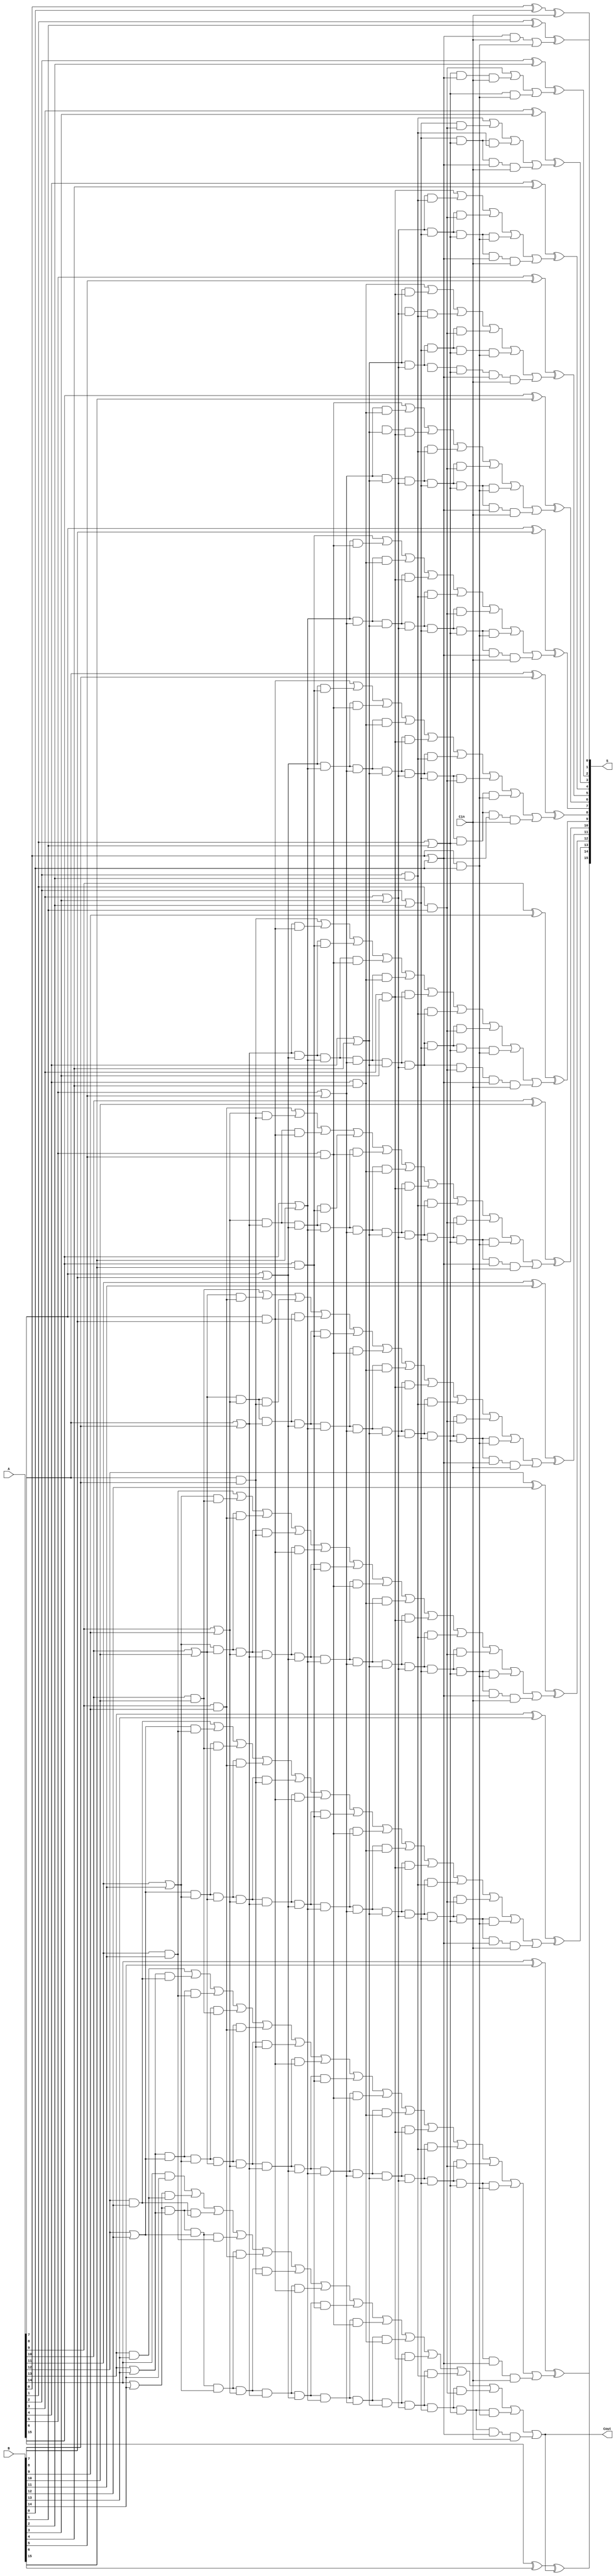
`timescale 1ns / 1ps
//////////////////////////////////////////////////////////////////////////////////
// Company: 
// Engineer: 
// 
// Design Name: 
// Module Name:    cla_16bit 
// Project Name: 
// Target Devices: 
// Tool versions: 
// Description: 
//
// Dependencies: 
//
// Revision: 
// Revision 0.01 - File Created
// Additional Comments: 
//
//////////////////////////////////////////////////////////////////////////////////
//16 bit Carry Look Ahead Adder
module cla_16bit(S, Cout, A, B, Cin);
output [15:0] S;
output Cout;
input [15:0] A;
input [15:0] B;
input Cin;

//stage wires
wire [119:1] w;

//carry wires
wire n1,n2,n3,n4,n5,n6,n7,n8,n9,n10,n11,n12,n13,n14;

// G and P wires
wire g0,g1,g2,g3,g4,g5,g6,g7,g8,g9,g10,g11,g12,g13,g14;
wire p0,p1,p2,p3,p4,p5,p6,p7,p8,p9,p10,p11,p12,p13,p14;

//For stage 0
xor (S[0],A[0],B[0],Cin); //S0
and (g0,A[0],B[0]); //G0
or (p0,A[0],B[0]); //P0
and (w[1],p0,Cin);
or (n1,w[1],g0); //C1

//For stage 1 //C2
xor (S[1],A[1],B[1],n1); //S1
and (g1,A[1],B[1]); //G1
or (p1,A[1],B[1]); //P1
and (w[2],p1,p0,Cin);
and (w[3],p1,g0);
or (n2,g1,w[2],w[3]); //C2

//For stage 2 //C3
xor(S[2],A[2],B[2],n2); //S2
and (g2,A[2],B[2]); //G2
or (p2,A[2],B[2]); //P2
and (w[4],p2,g1);
and (w[5],p2,p1,g2);
and (w[6],p2,p1,p0,Cin);
or (n3,g2,w[4],w[5],w[6]); //C3

//For stage 3 //C4
xor (S[3],A[3],B[3],n3); //S3
and (g3,A[3],B[3]); //G3
or (p3,A[3],B[3]); //P3
and (w[7],p3,g2);
and (w[8], p3, p2, g1);
and (w[9], p3, p2, p1, g0);
and (w[10], p3, p2, p1, p0, Cin);
or (n4, g3, w[7], w[8], w[9], w[10]); //C4

//For stage 4 //C5
xor (S[4],A[4],B[4],n4); //S4
and (g4,A[4],B[4]); //G4
or (p4,A[4],B[4]); //P4
and (w[11],p4,g3);
and (w[12],P4,p3,g2);
and (w[13],p4,p3,p2,g1);
and (w[14],p4,p3,p2,p1,g0);
and (w[15],p4,p3,p2p,p1,p0,Cin);
or (n5,g4,w[11],w[12],w[13],w[14],w[15]); //C5

//For stage 5 //C6
xor (S[5],A[5],B[5],n5); //S5
and (g5,A[5],B[5]); //G5
or (p5,A[5],B[5]); //P5
and (w[16],p5,g4);
and (w[17],P5,p4,g3);
and (w[18],p5,p4,p3,g2);
and (w[19],p5,p4,p3,p2,g1);
and (w[20],p5,p4,p3,p2,p1,g0);
and (w[21],p5,p4,p3,p2,p1,p0,Cin);
or (n6,g5,w[16],w[17],w[18],w[19],w[20],w[21]); //C6

//For stage 6 //C7
xor (S[6],A[6],B[6],n6); //S6
and (g6,A[6],B[6]); //G6
or (p6,A[6],B[6]); //P6
and (w[22],p6,g5);
and (w[23],p6,p5,g4);
and (w[24],p6,p5,p4,g3);
and (w[25],p6,p5,p4,p3,g2);
and (w[26],p6,p5,p4,p3,p2,g1);
and (w[27],p6,p5,p4,p3,p2,p1,g0);
and (w[28],p6,p5,p4,p3,p2,p1,p0,Cin);
or (n7,g6,w[22],w[23],w[24],w[25],w[26],w[27],w[28]); //C7

//For stage 7 //C8
xor (S[7],A[7],B[7],n7); //S7
and (g7,A[7],B[7]); //G7
or (p7,A[7],B[7]); //P7
and (w[29],p7,g6);
and (w[30],p7,p6,g5);
and (w[31],p7,p6,p5,g4);
and (w[32],p7,p6,p5,p4,g3);
and (w[33],p7,p6,p5,p4,p3,g2);
and (w[34],p7,p6,p5,p4,p3,p2,g1);
and (w[35],p7,p6,p5,p4,p3,p2,p1,g0);
and (w[36],p7,p6,p5,p4,p3,p2,p1,p0,Cin);
or (n8,g7,w[29],w[30],w[31],w[32],w[33],w[34],w[35],w[36]); //C8

//For stage 8 //C9
xor (S[8],A[8],B[8],n8); //S8
and (g8,A[8],B[8]); //G8
or (p8,A[8],B[8]); //P8
and (w[37],p8,g7);
and (w[38],p8,p7,g6);
and (w[39],p8,p7,p6,g5);
and (w[40],p8,p7,p6,p5,g4);
and (w[41],p8,p7,p6,p5,p4,g3);
and (w[42],p8,p7,p6,p5,p4,p3,g2);
and (w[43],p8,p7,p6,p5,p4,p3,p2,g1);
and (w[44],p8,p7,p6,p5,p4,p3,p2,p1,g0);
and (w[45],p8,p7,p6,p5,p4,p3,g1,p0,Cin);
or (n9,g8,w[37],w[38],w[39],w[40],w[41],w[42],w[43],w[44],w[45]); //C9

//For stage 9 //C10
xor (S[9],A[9],B[9],n9); //S9
and (g9,A[9],B[9]); //G9
or (p9,A[9],B[9]); //P9
and (w[46],p9,g8);
and (w[47],p9,p8,g7);
and (w[48],p9,p8,p7,g6);
and (w[49],p9,p8,p7,p6,g5);
and (w[50],p9,p8,p7,p6,p5,g4);
and (w[51],p9,p8,p7,p6,p5,p4,g3);
and (w[52],p9,p8,p7,p6,p5,p4,p3,g2);
and (w[53],p9,p8,p7,p6,p5,p4,p3,p2,g1);
and (w[54],p9,p8,p7,p6,p5,p4,p3,p2,p1,g0);
and (w[55],p9,p8,p7,p6,p5,p4,p3,p2,p1,p0,Cin);
or (n10,g9,w[46],w[47],w[48],w[49],w[50],w[51],w[52],w[53],w[54],w[55]); //C10

//For stage 10 //C11
xor (S[10],A[10],B[10],n10); //S10
and (g10,A[10],B[10]); //G10
or (p10,A[10],B[10]); //P10
and (w[56],p10,g9);
and (w[57],p10,p9,g8);
and (w[58],p10,p9,p8,g7);
and (w[59],p10,p9,p8,p7,g6);
and (w[60],p10,p9,p8,p7,p6,g5);
and (w[61],p10,p9,p8,p7,p6,p5,g4);
and (w[62],p10,p9,p8,p7,p6,p5,p4,g3);
and (w[63],p10,p9,p8,p7,p6,p5,p4,p3,g2);
and (w[64],p10,p9,p8,p7,p6,p5,p4,p3,p2,g1);
and (w[65],p10,p9,p8,p7,p6,p5,p4,p3,p2,p1,g0);
and (w[66],p10,p9,p8,p7,p6,p5,p4,p3,p2,p1,p0,Cin);
or (n11,g10,w[56],w[57],w[58],w[59],w[60],w[61],w[62],w[63],w[64],w[65],w[66]); //C11

//For stage 11 //C12
xor (S[11],A[11],B[11],n11); //S11
and (g11,A[11],B[11]); //G11
or (p11,A[11],B[11]); //P11
and (w[67],p11,g10);
and (w[68],p11,p10,g9);
and (w[69],p11,p10,p9,g8);
and (w[70],p11,p10,p9,p8,g7);
and (w[71],p11,p10,p9,p8,p7,g6);
and (w[72],p11,p10,p9,p8,p7,p6,g5);
and (w[73],p11,p10,p9,p8,p7,p6,p5,g4);
and (w[74],p11,p10,p9,p8,p7,p6,p5,p4,g3);
and (w[75],p11,p10,p9,p8,p7,p6,p5,p4,p3,g2);
and (w[76],p11,p10,p9,p8,p7,p6,p5,p4,p3,p2,g1);
and (w[77],p11,p10,p9,p8,p7,p6,p5,p4,p3,p2,p1,g0);
and (w[78],p11,p10,p9,p8,p7,p6,p5,p4,p3,p2,p1,p0,Cin);
or (n12,g11,w[67],w[68],w[69],w[70],w[71],w[72],w[73],w[74],w[75],w[76],w[77],w[78]); //C12

//For stage 12 //C13
xor (S[12],A[12],B[12],n12); //S12
and (g12,A[12],B[12]); //G12
or (p12,A[12],B[12]); //P12
and (w[79],p12,g11);
and (w[80],p12,p11,g10);
and (w[81],p12,p11,p10,g9);
and (w[82],p12,p11,p10,p9,g8);
and (w[83],p12,p11,p10,p9,p8,g7);
and (w[84],p12,p11,p10,p9,p8,p7,g6);
and (w[85],p12,p11,p10,p9,p8,p7,p6,g5);
and (w[86],p12,p11,p10,p9,p8,p7,p6,p5,g4);
and (w[87],p12,p11,p10,p9,p8,p7,p6,p5,p4,g3);
and (w[88],p12,p11,p10,p9,p8,p7,p6,p5,p4,p3,g2);
and (w[89],p12,p11,p10,p9,p8,p7,p6,p5,p4,p3,p2,g1);
and (w[90],p12,p11,p10,p9,p8,p7,p6,p5,p4,p3,p2,p1,g0);
and (w[91],p12,p11,p10,p9,p8,p7,p6,p5,p4,p3,p2,p1,p0,Cin);
or (n13,g12,w[79],w[80],w[81],w[82],w[83],w[84],w[85],w[86],w[87],w[88],w[89],w[90],w[91]); //C13

//For stage 13 //C14
xor (S[13],A[13],B[13],n13); //S13
and (g13,A[13],B[13]); //G13
or (p13,A[13],B[13]); //P13
and (w[92],p13,g12);
and (w[93],p13,p12,g11);
and (w[94],p13,p12,p11,g10);
and (w[95],p13,p12,p11,p10,g9);
and (w[96],p13,p12,p11,p10,p9,g8);
and (w[97],p13,p12,p11,p10,p9,p8,g7);
and (w[98],p13,p12,p11,p10,p9,p8,p7,g6);
and (w[99],p13,p12,p11,p10,p9,p8,p7,p6,g5);
and (w[100],p13,p12,p11,p10,p9,p8,p7,p6,p5,g4);
and (w[101],p13,p12,p11,p10,p9,p8,p7,p6,p5,p4,g3);
and (w[102],p13,p12,p11,p10,p9,p8,p7,p6,p5,p4,p3,g2);
and (w[103],p13,p12,p11,p10,p9,p8,p7,p6,p5,p4,p3,p2,g1);
and (w[104],p13,p12,p11,p10,p9,p8,p7,p6,p5,p4,p3,p2,p1,g0);
and (w[105],p13,p12,p11,p10,p9,p8,p7,p6,p5,p4,p3,p2,p1,p0,Cin);
or (n14,g13,w[92],w[93],w[94],w[95],w[96],w[97],w[98],w[99],w[100],w[101],w[102],w[103],w[104],w[105]); //C14

//For stage 14 //C15 or Cout
xor (S[14],A[14],B[14],n14); //S14
and (g14,A[14],B[14]); //G14
or (p14,A[14],B[14]); //P14
and (w[106],p14,g13);
and (w[107],p14,p13,g12);
and (w[108],p14,p13,p12,g11);
and (w[109],p14,p13,p12,p11,g9);
and (w[110],p14,p13,p12,p11,p9,g8);
and (w[111],p14,p13,p12,p11,p9,p8,g7);
and (w[112],p14,p13,p12,p11,p9,p8,p7,g6);
and (w[113],p14,p13,p12,p11,p9,p8,p7,p6,g5);
and (w[114],p14,p13,p12,p11,p9,p8,p7,p6,p5,g4);
and (w[115],p14,p13,p12,p11,p9,p8,p7,p6,p5,p4,g3);
and (w[116],p14,p13,p12,p11,p9,p8,p7,p6,p5,p4,p3,g2);
and (w[117],p14,p13,p12,p11,p9,p8,p7,p6,p5,p4,p3,p2,g1);
and (w[118],p14,p13,p12,p11,p9,p8,p7,p6,p5,p4,p3,p2,p1,g0);
and (w[119],p14,p13,p12,p11,p9,p8,p7,p6,p5,p4,p3,p2,p1,p0,Cin);
or (Cout,g14,w[106],w[107],w[108],w[109],w[110],w[111],w[112],w[113],w[114],w[115],w[116],w[117],w[118],w[119]); //Cout

//S15 Overall Sum
xor (S[15],A[15],B[15],Cout); //S14
endmodule